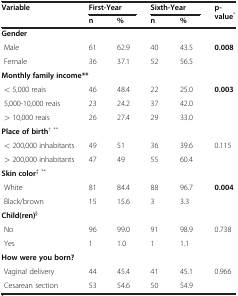
<table><thead><tr><td rowspan="2"><b>Variable</b></td><td colspan="2"><b>First-Year</b></td><td colspan="2"><b>Sixth-Year</b></td><td rowspan="2"><b>p-value<sup>*</sup></b></td></tr><tr><td><b>n</b></td><td><b>%</b></td><td><b>n</b></td><td><b>%</b></td></tr></thead><tbody><tr><td colspan="6"><b>Gender</b></td></tr><tr><td> Male</td><td>61</td><td>62.9</td><td>40</td><td>43.5</td><td><b>0.008</b></td></tr><tr><td> Female</td><td>36</td><td>37.1</td><td>52</td><td>56.5</td><td> </td></tr><tr><td colspan="6"><b>Monthly family income**</b></td></tr><tr><td> &lt; 5,000 reais</td><td>46</td><td>48.4</td><td>22</td><td>25.0</td><td><b>0.003</b></td></tr><tr><td> 5,000-10,000 reais</td><td>23</td><td>24.2</td><td>37</td><td>42.0</td><td> </td></tr><tr><td> &gt; 10,000 reais</td><td>26</td><td>27.4</td><td>29</td><td>33.0</td><td> </td></tr><tr><td colspan="6"><b>Place of birth</b><sup>† **</sup></td></tr><tr><td> &lt; 200,000 inhabitants</td><td>49</td><td>51</td><td>36</td><td>39.6</td><td>0.115</td></tr><tr><td> &gt; 200,000 inhabitants</td><td>47</td><td>49</td><td>55</td><td>60.4</td><td> </td></tr><tr><td colspan="6"><b>Skin color</b><sup>‡ **</sup></td></tr><tr><td> White</td><td>81</td><td>84.4</td><td>88</td><td>96.7</td><td><b>0.004</b></td></tr><tr><td> Black/brown</td><td>15</td><td>15.6</td><td>3</td><td>3.3</td><td> </td></tr><tr><td colspan="6"><b>Child(ren)</b><sup>§</sup></td></tr><tr><td> No</td><td>96</td><td>99.0</td><td>91</td><td>98.9</td><td>0.738</td></tr><tr><td> Yes</td><td>1</td><td>1.0</td><td>1</td><td>1.1</td><td> </td></tr><tr><td colspan="6"><b>How were you born?</b></td></tr><tr><td> Vaginal delivery</td><td>44</td><td>45.4</td><td>41</td><td>45.1</td><td>0.966</td></tr><tr><td> Cesarean section</td><td>53</td><td>54.6</td><td>50</td><td>54.9</td><td> </td></tr></tbody></table>